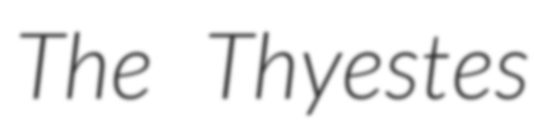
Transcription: The Thyestes